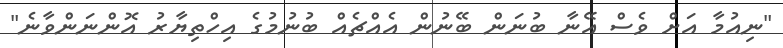
"ނިއުމާ އަށް ވެސް އޭނާ ބުނަން ބޭނުން އެއްޗެއް ބުނުމުގެ އިހްތިޔާރު އޮންނަންވާނެ"